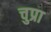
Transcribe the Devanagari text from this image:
चुप्रा